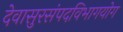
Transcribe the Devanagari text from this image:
देवासुरसंपदविभागयोग